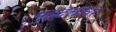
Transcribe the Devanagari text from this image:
मुद्दलावर